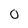
Character: 0